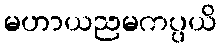
မဟာယညမကပ္ပယိ